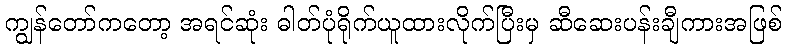
ကျွန်တော်ကတော့ အရင်ဆုံး ဓါတ်ပုံရိုက်ယူထားလိုက်ပြီးမှ ဆီဆေးပန်းချီကားအဖြစ်